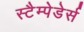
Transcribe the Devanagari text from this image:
स्टैम्पेडेर्स